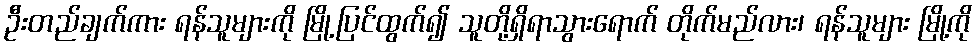
ဦးတည်ချက်ကား ရန်သူများကို မြို့ပြင်ထွက်၍ သူတို့ရှိရာသွားရောက် တိုက်မည်လား၊ ရန်သူများ မြို့ကို